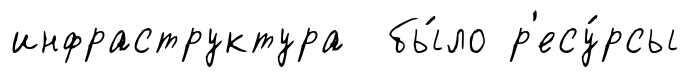
инфраструктура бы́ло р'есу́рсы